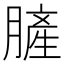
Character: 䐮